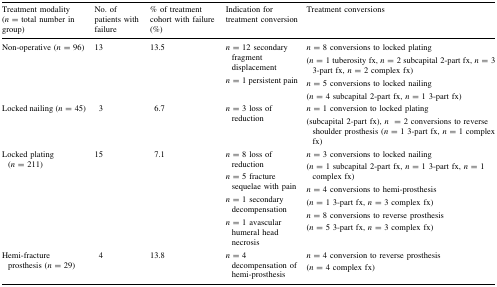
| Treatment modality (n = total number in group) | No. of patients with failure | % of treatment cohort with failure (%) | Indication for treatment conversion | Treatment conversions |
 | --- | --- | --- | --- | --- |
 | Non-operative (n = 96) | 13 | 13.5 | n = 12 secondary fragment displacementn = 1 persistent pain | n = 8 conversions to locked plating(n = 1 tuberosity fx, n = 2 subcapital 2-part fx, n = 3 3-part fx, n = 2 complex fx)n = 5 conversions to locked nailing(n = 4 subcapital 2-part fx, n = 1 3-part fx) |
 | Locked nailing (n = 45) | 3 | 6.7 | n = 3 loss of reduction | n = 1 conversion to locked plating(subcapital 2-part fx), n= 2 conversions to reverse shoulder prosthesis (n = 1 3-part fx, n = 1 complex fx) |
 | Locked plating (n = 211) | 15 | 7.1 | n = 8 loss of reductionn = 5 fracture sequelae with painn = 1 secondary decompensationn = 1 avascular humeral head necrosis | n = 3 conversions to locked nailing(n = 1 subcapital 2-part fx, n = 1 3-part fx, n = 1 complex fx)n = 4 conversions to hemi-prosthesis(n = 1 3-part fx, n = 3 complex fx)n = 8 conversions to reverse prosthesis(n = 5 3-part fx, n = 3 complex fx) |
 | Hemi-fracture prosthesis (n = 29) | 4 | 13.8 | n = 4 decompensation of hemi-prosthesis | n = 4 conversion to reverse prosthesis(n = 4 complex fx) |